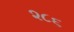
૨૮૬